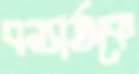
বন্যার্তকে